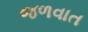
જળવાત